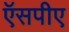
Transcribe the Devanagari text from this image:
ऍसपीए